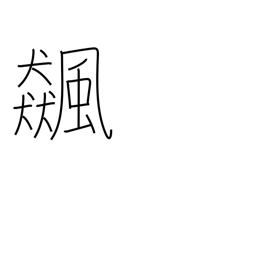
Meaning: whirlwind